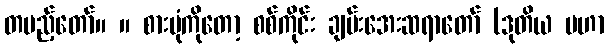
တပည့်တော်။ ။ စားပုံကိုတော့ စစ်ကိုင်း ချမ်းအေးဆရာတော် (ဒုတိယ မဟာ